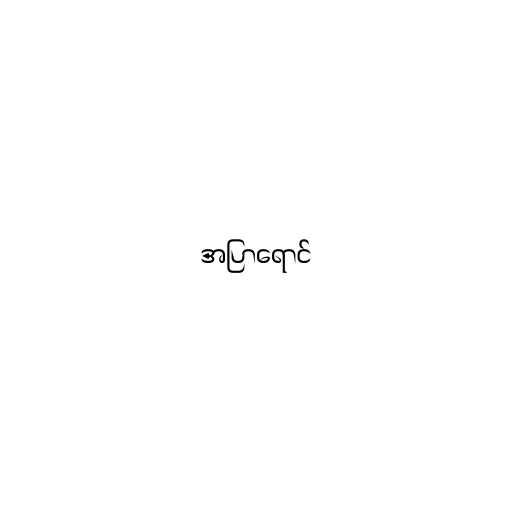
အပြာရောင်